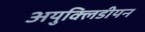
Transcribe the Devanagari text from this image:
अयुक्लिडीयन